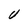
Character: U